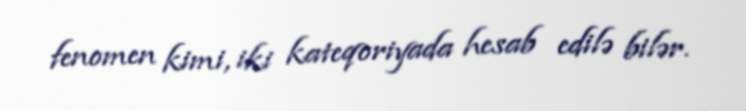
fenomen kimi, iki kateqoriyada hesab edilə bilər.